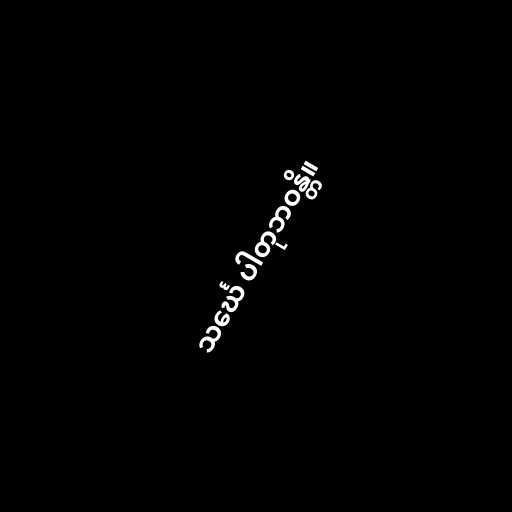
သင်္ဃေ ပါတုဘဝန္တိ။